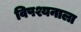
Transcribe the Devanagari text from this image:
विपश्यनाला